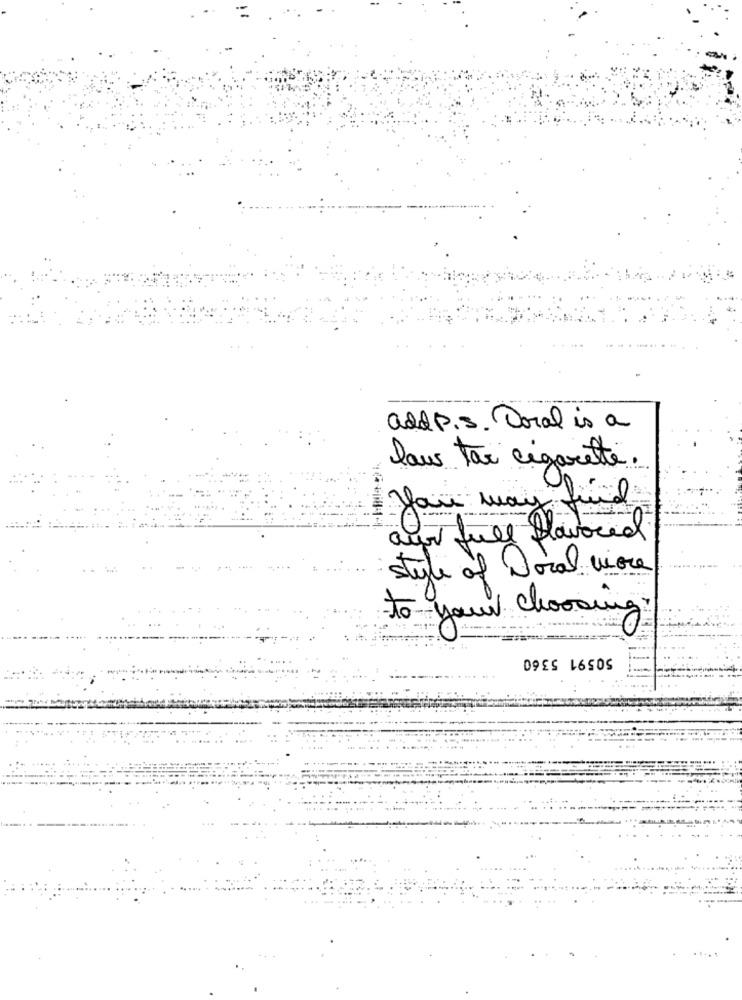
add P.s. Doral is a
laus tax cigarette.
you may find
our full flavored
style of Local more
to your choosing
50591 5360